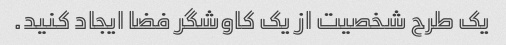
یک طرح شخصیت از یک کاوشگر فضا ایجاد کنید.